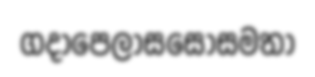
ගදාපෙලාසසොසමතා